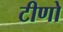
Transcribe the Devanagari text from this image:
टीणो